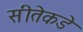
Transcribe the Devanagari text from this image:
सीतेकडे